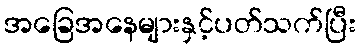
အခြေအနေများနှင့်ပတ်သက်ပြီး